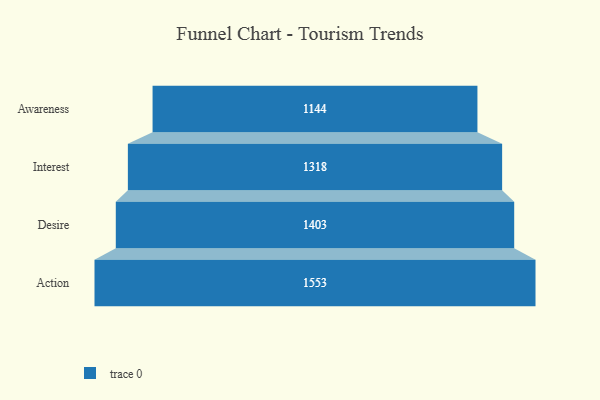
{"axis": {"x": "Stage", "y": "Value"}, "legend": [""], "data": [{"x": "Awareness", "y": 1144.0, "type": ""}, {"x": "Interest", "y": 1318.0, "type": ""}, {"x": "Desire", "y": 1403.0, "type": ""}, {"x": "Action", "y": 1553.0, "type": ""}]}